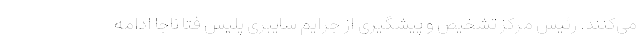
می‌کنند. رئیس مرکز تشخیص و پیشگیری از جرایم سایبری پلیس فتا ناجا ادامه